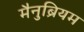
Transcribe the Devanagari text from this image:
मैनुब्रियम